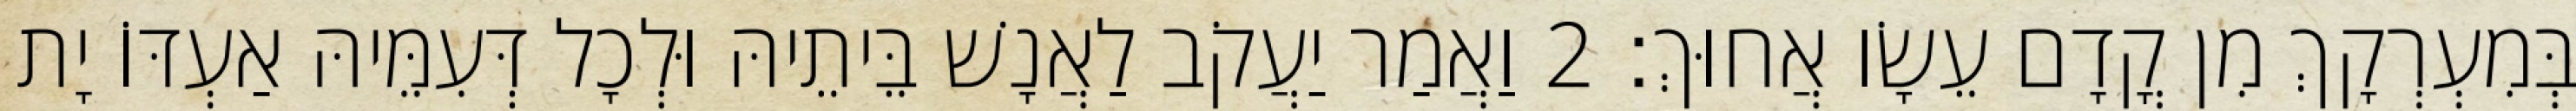
בְּמִעְרְקָךְ מִן קֳדָם עֵשָׂו אֲחוּךְ׃ 2 וַאֲמַר יַעֲקֹב לַאֲנָשׁ בֵּיתֵיהּ וּלְכָל דְּעִמֵּיהּ אַעְדּוֹ יָת